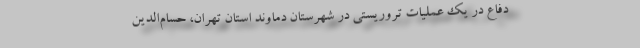
دفاع در یک عملیات تروریستی در شهرستان دماوند استان تهران، حسام‌الدین